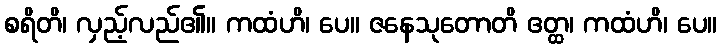
စရိတိ၊ လှည့်လည်၏။ ကထံဟိ၊ ပေ။ ဇနေသုတောတိ ဧတ္ထ၊ ကထံဟိ၊ ပေ။